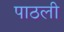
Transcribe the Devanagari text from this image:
पाठली